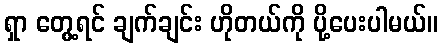
ရှာ တွေ့ရင် ချက်ချင်း ဟိုတယ်ကို ပို့ပေးပါမယ်။